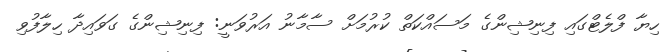
ހިޔާ ފްލެޓްގައި ފިނިޝިންގެ މަސައްކަތް ކުރުމަށް ސާމާނު އަރުވަނީ: ފިނިޝިންގެ ގަވައިދާ ހިލާފުވި